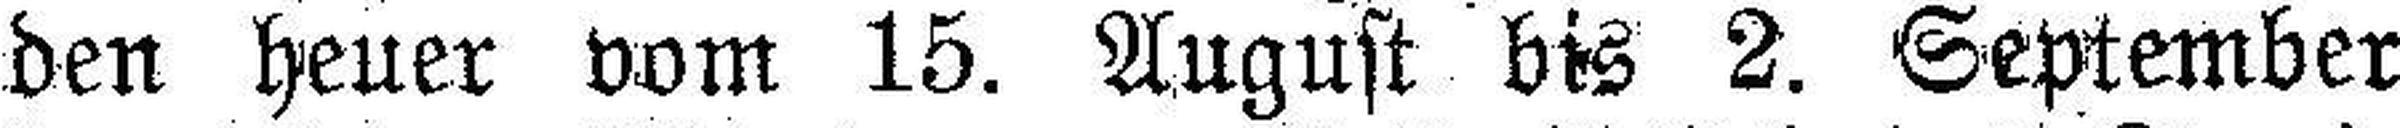
den heuer vom 15. August bis 2. September